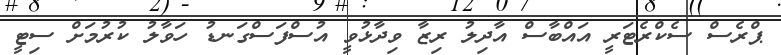
ޕްރެސް ސެކްރެޓަރީ އައްބާސް އާދިލު ރިޒާ ވިދާޅުވީ އުސްފަސްގަނޑު ހަވާލު ކުރުމަށް ސިޓީ